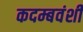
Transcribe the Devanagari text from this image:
कदम्बवंशी